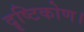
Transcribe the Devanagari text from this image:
दॄष्‍टिकोण।